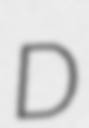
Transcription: D